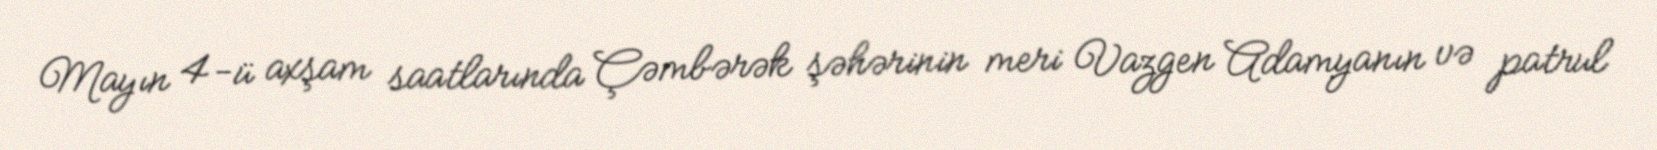
Mayın 4-ü axşam saatlarında Çəmbərək şəhərinin meri Vazgen Adamyanın və patrul